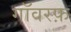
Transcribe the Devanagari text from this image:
गॉवरफ़